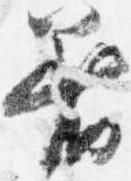
着